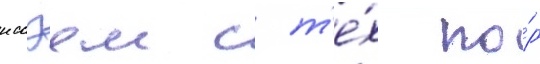
иссэем с т'е́х по́р